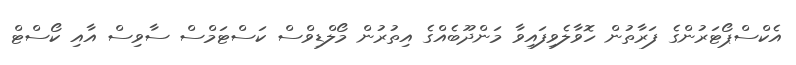
އެކްސްޕޯޓަރުންގެ ފަރާތުން ހޮވާލެވިފައިވާ މަންދޫބެއްގެ އިތުރުން މޯލްޑިވްސް ކަސްޓަމްސް ސާވިސް އާއި ކޯސްޓް